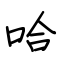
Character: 哈